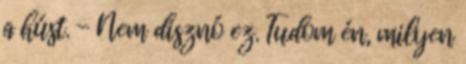
a húst. - Nem disznó ez. Tudom én, milyen